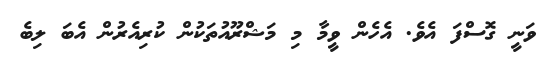
ވަނީ ގޮސްފަ އެވެ. އެހެން ވީމާ މި މަޝްރޫއުތަކުން ކުރިއެރުން އެބަ ލިބެ